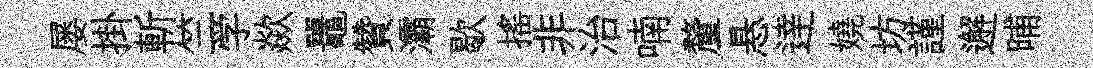
屡掛斬竺学歘鼉贊灞歇揺非治喃釐悬逹嬈坊謹邂晡